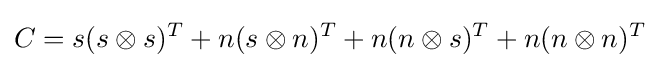
C=s(s\otimes s)^{T}+n(s\otimes n)^{T}+n(n\otimes s)^{T}+n(n\otimes n)^{T}